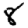
Digit: 8